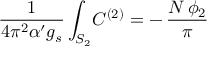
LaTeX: \frac { 1 } { 4 \pi ^ { 2 } \alpha ^ { \prime } g _ { s } } \int _ { S _ { 2 } } \! C ^ { ( 2 ) } = - \, \frac { N \, \phi _ { 2 } } { \pi }